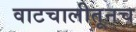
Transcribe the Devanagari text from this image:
वाटचालीतूनच